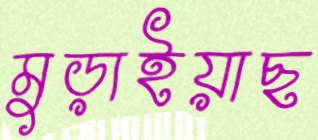
মুড়াইয়াছ